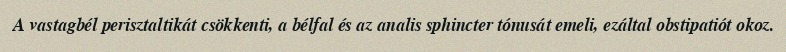
A vastagbél perisztaltikát csökkenti, a bélfal és az analis sphincter tónusát emeli, ezáltal obstipatiót okoz.